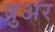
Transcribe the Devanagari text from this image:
ब्रुअर